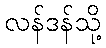
လန်ဒန်သို့